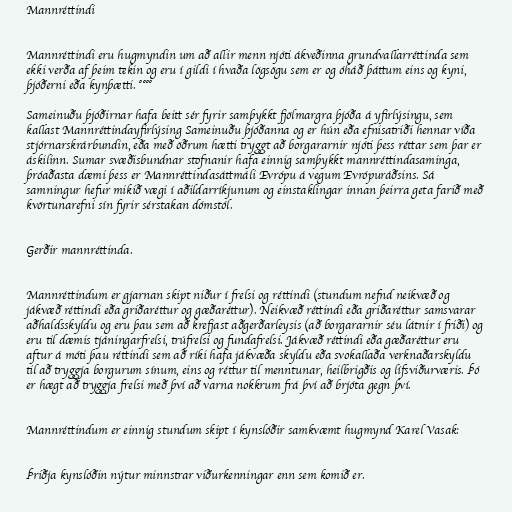
Mannréttindi

Mannréttindi eru hugmyndin um að allir menn njóti ákveðinna grundvallarréttinda sem
ekki verða af þeim tekin og eru í gildi í hvaða lögsögu sem er og óháð þáttum eins og kyni,
þjóðerni eða kynþætti. °°°°

Sameinuðu þjóðirnar hafa beitt sér fyrir samþykkt fjölmargra þjóða á yfirlýsingu, sem
kallast Mannréttindayfirlýsing Sameinuðu þjóðanna og er hún eða efnisatriði hennar víða
stjórnarskrárbundin, eða með öðrum hætti tryggt að borgararnir njóti þess réttar sem þar er
áskilinn. Sumar svæðisbundnar stofnanir hafa einnig samþykkt mannréttindasaminga,
þróaðasta dæmi þess er Mannréttindasáttmáli Evrópu á vegum Evrópuráðsins. Sá
samningur hefur mikið vægi í aðildarríkjunum og einstaklingar innan þeirra geta farið með
kvörtunarefni sín fyrir sérstakan dómstól.

Gerðir mannréttinda.

Mannréttindum er gjarnan skipt niður í frelsi og réttindi (stundum nefnd neikvæð og
jákvæð réttindi eða griðaréttur og gæðaréttur). Neikvæð réttindi eða griðaréttur samsvarar
aðhaldsskyldu og eru þau sem að krefjast aðgerðarleysis (að borgararnir séu látnir í friði) og
eru til dæmis tjáningarfrelsi, trúfrelsi og fundafrelsi. Jákvæð réttindi eða gæðaréttur eru
aftur á móti þau réttindi sem að ríki hafa jákvæða skyldu eða svokallaða verknaðarskyldu
til að tryggja borgurum sínum, eins og réttur til menntunar, heilbrigðis og lífsviðurværis. Þó
er hægt að tryggja frelsi með því að varna nokkrum frá því að brjóta gegn því.

Mannréttindum er einnig stundum skipt í kynslóðir samkvæmt hugmynd Karel Vasak:

Þriðja kynslóðin nýtur minnstrar viðurkenningar enn sem komið er.